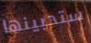
ستحبينها